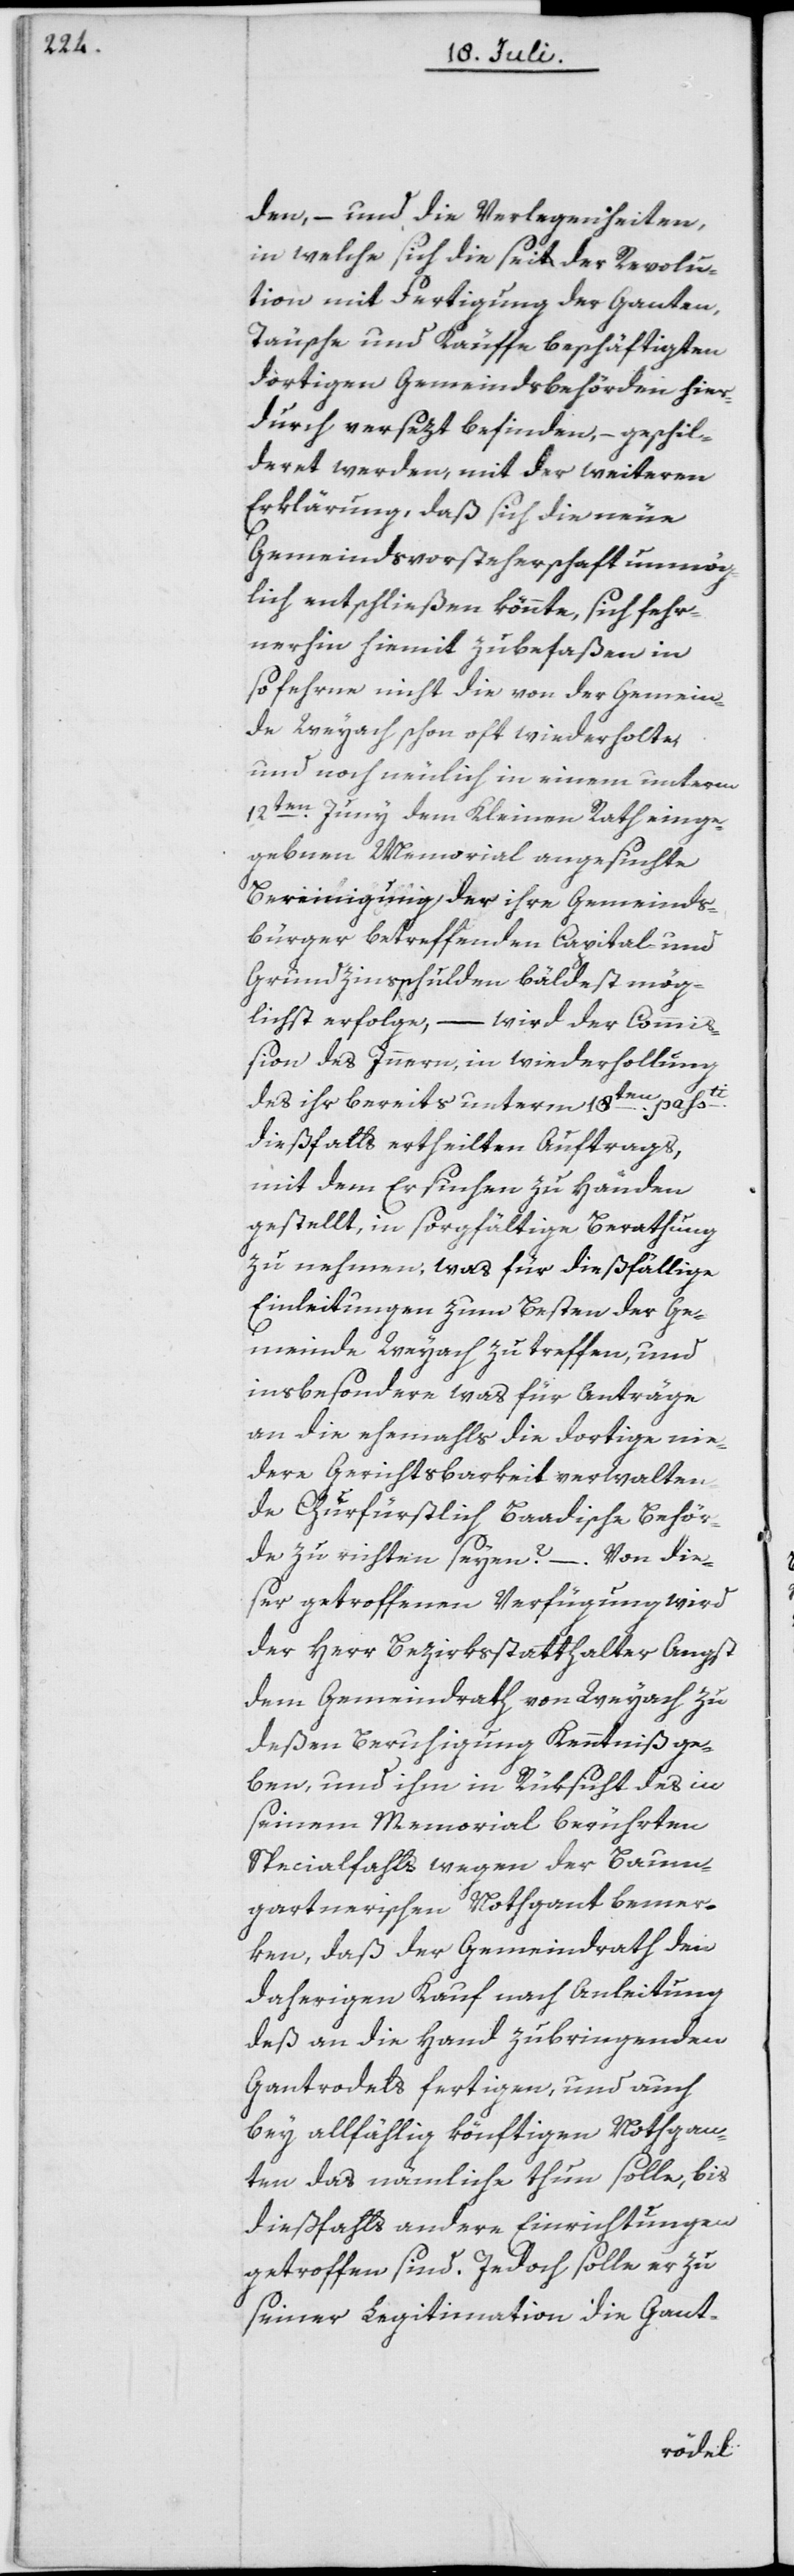
den, – und die Verlegenheiten,
in welche sich die seit der Revolu¬
tion mit Fertigung der Ganten,
Täusche und Käuffe beschäftigten
dortigen Gemeindsbehörden hier¬
durch versezt befinden, – geschil¬
deret werden, mit der weiteren
Erklärung, daß sich die neue
Gemeindsvorsteherschaft unmög¬
lich entschließen könnte, sich fehr¬
nerhin hiemit zu befaßen, in¬
sofehrne nicht die von der Gemein¬
de Weyach schon wiederholte,
und noch neulich in einem unterm
12ten Juny dem Kleinen Rath einge¬
gebnen Memorial angesuchte
Bereinigung der ihre Gemeinds¬
burger betreffenden Capital- und
Grundzinsschulden bäldest mög¬
lichst erfolge, – wird der Commi¬
ßion des Innern, in wiederhollung
des ihr bereits unterm 18ten passti
dießfalls ertheilten Auftrags,
mit dem Ersuchen zu Handen
gestellt, in sorgfältige Berathung
zu nehmen, was für dießfällige
Einleitungen zum Besten der Ge¬
meinde Weyach zu treffen, und
insbesondere was für Anträge
an die ehemahls die dortige nie¬
dere Gerichtsbarkeit verwalten¬
de Churfürstlich Baadische Behör¬
de zu richten seyen? – . Von dies¬
er getroffenen Verfügung wird
der Herr Bezirksstatthalter Angst
dem Gemeindrath von Weyach zu
deßen Beruhigung Kenntniß ge¬
ben, und ihm in Rüksicht des in
seinem Memorial berührten
Specialfalls wegen der Baum¬
gartnerischen Nothgant bemer¬
ken, daß der Gemeindrath den
daherigen Kauf nach Anleitung
deß an die Hand zu bringenden
Gantrodels fertigen, und auch
bei allfählig könftigen Nothgan¬
ten das nämliche thun solle, bis
dießfalls andere Einrichtungen
getroffen sind. Jedoch solle er zu
seiner Legitimation die Gant-